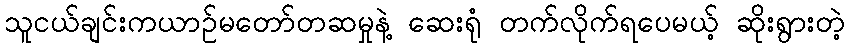
သူငယ်ချင်းကယာဉ်မတော်တဆမှုနဲ့ ဆေးရုံ တက်လိုက်ရပေမယ့် ဆိုးရွားတဲ့